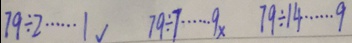
7 9 \div 2 \cdots 1 √ 7 9 \div 7 \cdots 9 \times 7 9 \div 1 4 \cdots 9